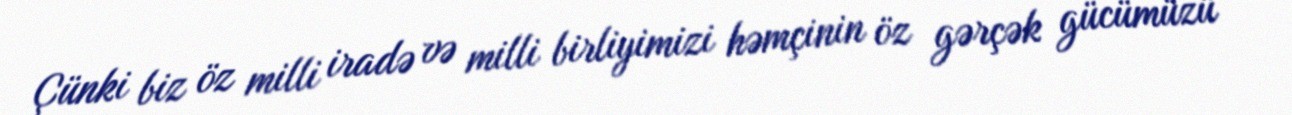
Çünki biz öz milli iradə və milli birliyimizi həmçinin öz gərçək gücümüzü